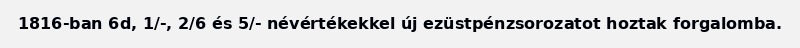
1816-ban 6d, 1/-, 2/6 és 5/- névértékekkel új ezüstpénzsorozatot hoztak forgalomba.